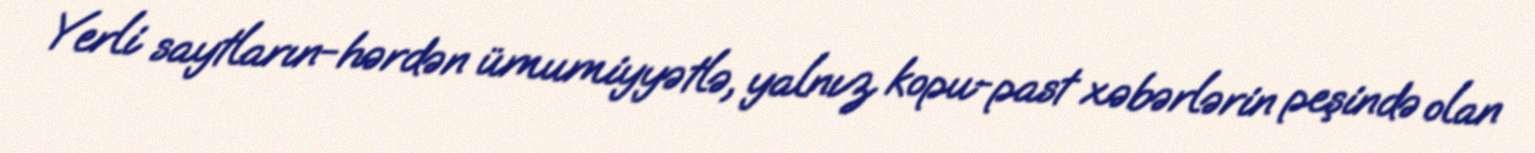
Yerli saytların-hərdən ümumiyyətlə, yalnız kopu-past xəbərlərin peşində olan